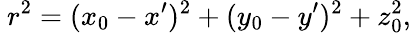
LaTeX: ~r^{2}=(x_{0}-x^{\prime})^{2}+(y_{0}-y^{\prime})^{2}+z_{0}^{2},